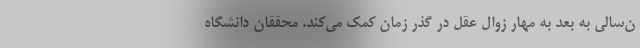
ن‌سالی به بعد به مهار زوال عقل در گذر زمان کمک می‌کند. محققان دانشگاه